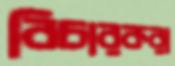
বিচারকরা